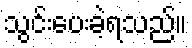
သွင်းပေးခဲ့ရသည်။